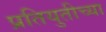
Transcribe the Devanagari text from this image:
प्रतियुतीच्या